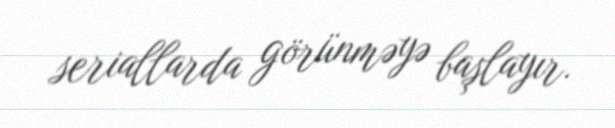
seriallarda görünməyə başlayır.